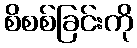
စိစစ်ခြင်းကို